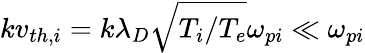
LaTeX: kv_{th,i}=k\lambda_{D}\sqrt{T_{i}/T_{e}}\omega_{pi}\ll\omega_{pi}